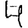
Digit: 4